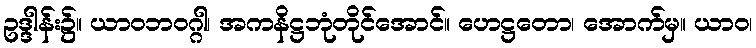
ဥဒ္ဒါန်း၌။ ယာဝဘဝဂ္ဂါ၊ အကနိဋ္ဌဘုံတိုင်အောင်။ ဟေဋ္ဌတော၊ အောက်မှ။ ယာဝ၊